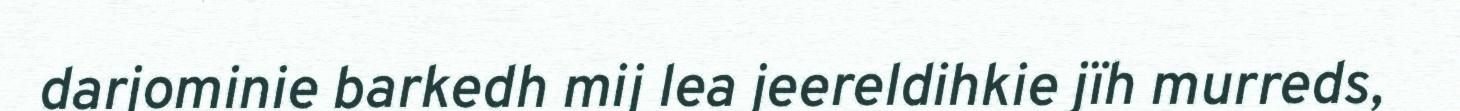
darjominie barkedh mij lea jeereldihkie jïh murreds,